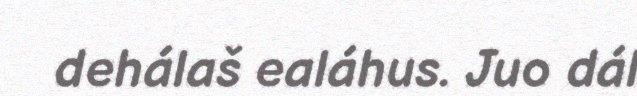
dehálaš ealáhus. Juo dál